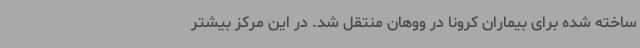
ساخته شده برای بیماران کرونا در ووهان منتقل شد. در این مرکز بیشتر